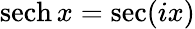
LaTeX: \operatorname{sech}x=\sec(ix)